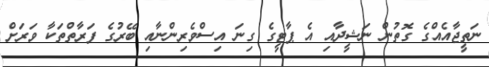
ނަތީޖާއެއްގެ ގޮތުން ނަޝީދާއި އެ ޕާޓީގެ ގިނަ އިސްވެރިންނާއި ބޭރުގެ ފަރާތްތަކާ ވަރަށް